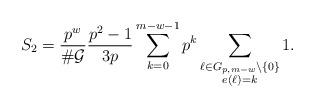
LaTeX: \begin{align*} S_2=\frac{p^w}{\#\mathcal{G}}\frac{p^2-1}{3p}\sum_{k=0}^{m-w-1}p^k\sum_{\substack{\ell\in G_{p,m-w}\setminus \{0\} \\ e(\ell)=k}}1.\end{align*}